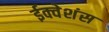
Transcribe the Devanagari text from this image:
ईक्वेशंस